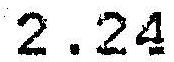
2.24